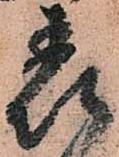
表